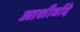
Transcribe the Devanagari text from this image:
आशीर्वादे